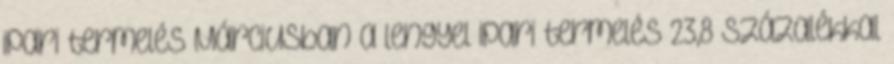
ipari termelés Márciusban a lengyel ipari termelés 23,8 százalékkal